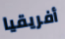
أفريقيا